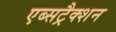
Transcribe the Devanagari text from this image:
एब्सट्रैक्शन